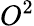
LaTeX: O^{2}